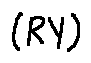
( R Y )